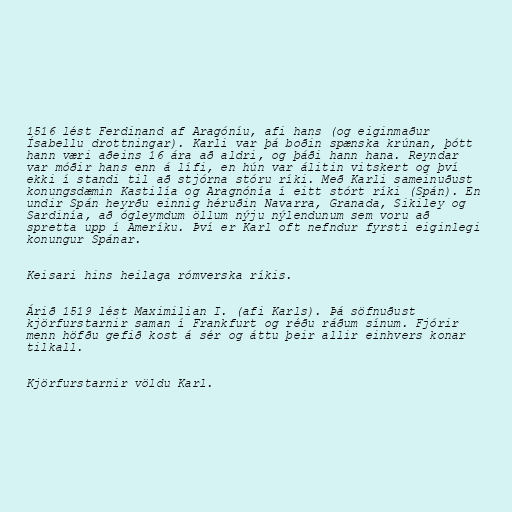
1516 lést Ferdinand af Aragóníu, afi hans (og eiginmaður
Ísabellu drottningar). Karli var þá boðin spænska krúnan, þótt
hann væri aðeins 16 ára að aldri, og þáði hann hana. Reyndar
var móðir hans enn á lífi, en hún var álitin vitskert og því
ekki í standi til að stjórna stóru ríki. Með Karli sameinuðust
konungsdæmin Kastilía og Aragnónía í eitt stórt ríki (Spán). En
undir Spán heyrðu einnig héruðin Navarra, Granada, Sikiley og
Sardinía, að ógleymdum öllum nýju nýlendunum sem voru að
spretta upp í Ameríku. Því er Karl oft nefndur fyrsti eiginlegi
konungur Spánar.

Keisari hins heilaga rómverska ríkis.

Árið 1519 lést Maximilian I. (afi Karls). Þá söfnuðust
kjörfurstarnir saman í Frankfurt og réðu ráðum sínum. Fjórir
menn höfðu gefið kost á sér og áttu þeir allir einhvers konar
tilkall.

Kjörfurstarnir völdu Karl.